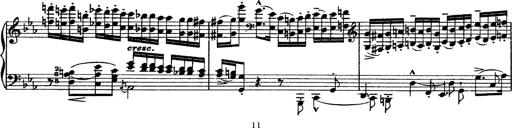
Title: Grandes Ã©tudes de Paganini
Composer: Franz Liszt